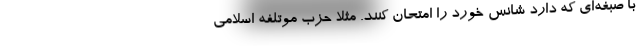
با صبغه‌ای که دارد شانس خورد را امتحان کنند. مثلا حزب موتلفه اسلامی